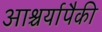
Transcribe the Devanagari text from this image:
आश्चर्यापैकी